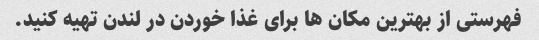
فهرستی از بهترین مکان ها برای غذا خوردن در لندن تهیه کنید.